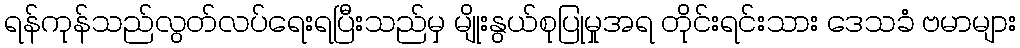
ရန်ကုန်သည်လွတ်လပ်ရေးရပြီးသည်မှ မျိုးနွယ်စုပြုမှုအရ တိုင်းရင်းသား ဒေသခံ ဗမာများ